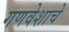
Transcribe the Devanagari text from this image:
गणवेशाचे